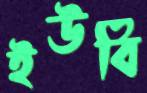
ইউবি